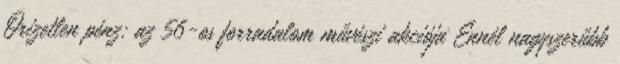
Őrizetlen pénz: az 56-os forradalom művészi akciója Ennél nagyszerűbb